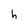
Character: h